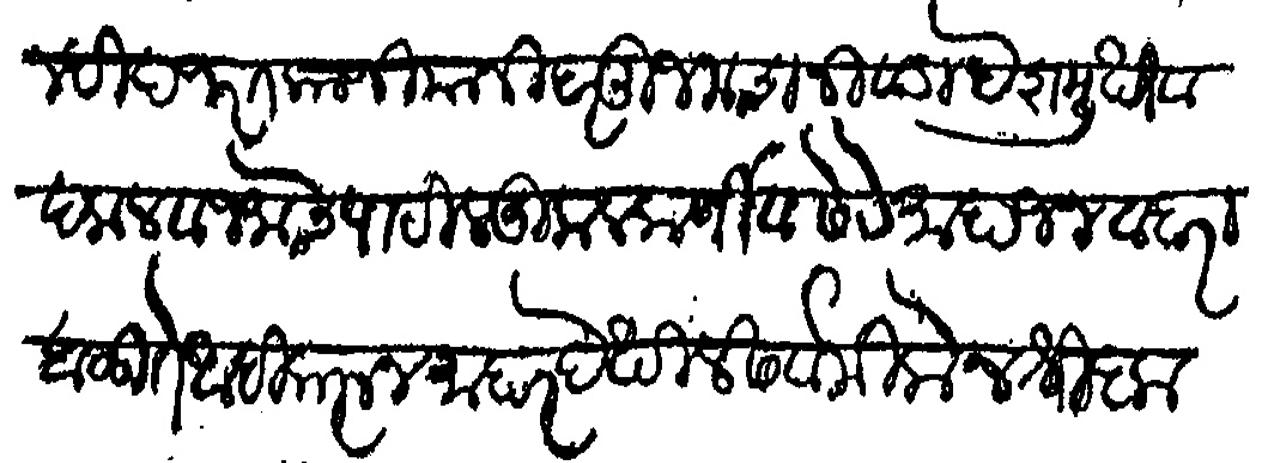
Transliteration (Devanagari): तुम्ही हजरत काजी यानी हर दू जनाचा निवाडा देशमुखी व दलाल व जमाचे पाटील कुलकर्णी व सेटे माहाजन व बाराबळीते आदीकरून माहार देखील सर्व मिलोन श्री कृष्णा